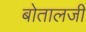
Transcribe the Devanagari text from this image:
बोतालजी